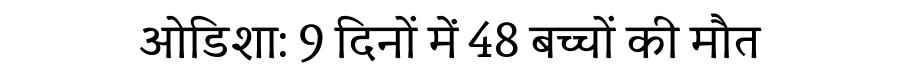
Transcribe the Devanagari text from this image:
ओडिशा: 9 दिनों में 48 बच्चों की मौत